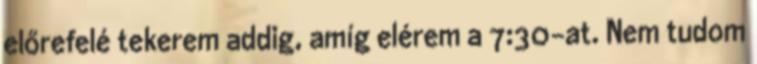
előrefelé tekerem addig, amíg elérem a 7:30-at. Nem tudom